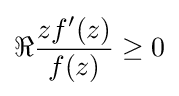
\Re {zf^{\prime }(z) \over f(z)}\geq 0